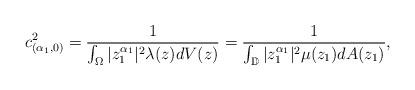
LaTeX: \begin{align*}c^2_{(\alpha_1,0)}&=\frac{1}{\int_{\Omega}|z_1^{\alpha_1}|^2\lambda(z)dV(z)}=\frac{1}{\int_{\mathbb{D}}|z_1^{\alpha_1}|^2\mu(z_1)dA(z_1)},\end{align*}